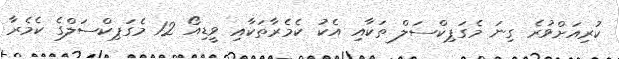
ކުރިއަށްވުރެ ގިނަ މެގަޕިކްސަލް ތަކާއި އެކު ކެމެރާތަކާއި ވީޑިއޯ 12 މެގަޕިކްސަލްގެ ކެމެރާ